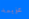
عزيمة